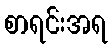
စာရင်းအရ